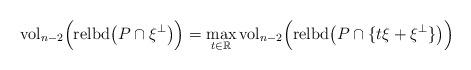
LaTeX: \begin{align*}\mbox{vol}_{n-2} \Big( \mbox{relbd} \big( P\cap\xi^\perp \big) \Big)= \max_{t\in\mathbb{R}} \mbox{vol}_{n-2} \Big( \mbox{relbd} \big( P\cap\lbrace t\xi + \xi^\perp \rbrace \big) \Big) \end{align*}